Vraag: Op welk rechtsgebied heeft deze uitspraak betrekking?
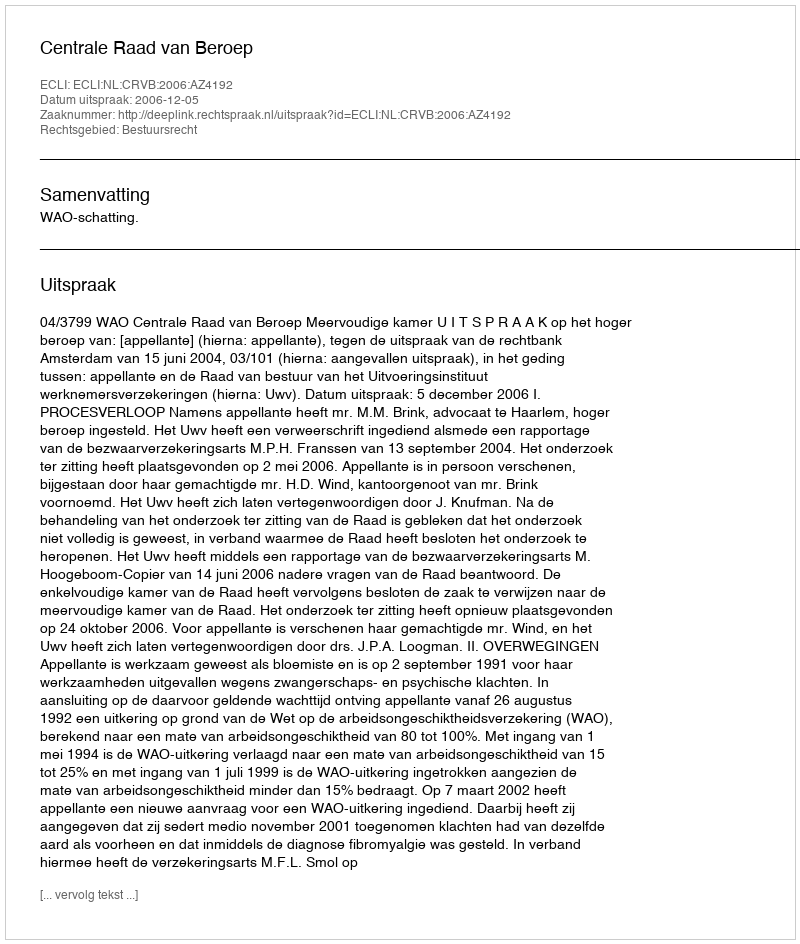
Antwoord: Bestuursrecht